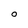
Character: 0